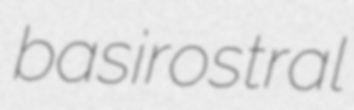
basirostral